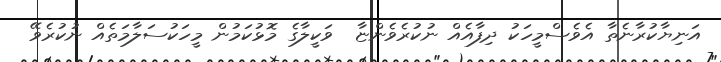
އަނިޔާކުރާނެތާ އެވެސްމީހަކު ދިފާއެއް ނުކުރެވެންޏާ  ވަކީލާގެ މޮޅުކަމުން މީހަކުސަލާމަތެއް ނުކުރެވޭ